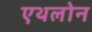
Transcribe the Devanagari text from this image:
एथलोन